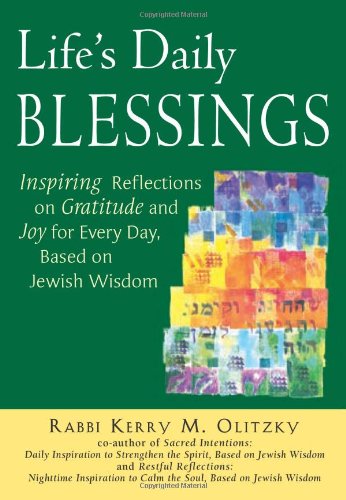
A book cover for Life's Daily Blessings: Inspiring Reflections on Gratitude and Joy for Every Day, Based on Jewish Wisdom; Rabbi Kerry M. Olitzky; Religion & Spirituality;